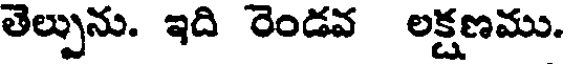
తెల్పును. ఇది రెండవ లక్షణము.